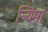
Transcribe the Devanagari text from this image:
न्यिमा